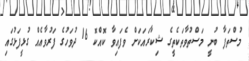
މުސްތަފާ ބުނީ މަސްތުވާތަކެތީގެ ޝިކާރައަކަށް ވެފައިވާ ކޮއްކޮ 16 ދުވަހުގެ ފަރުވާއެއް ގުޅީފަޅުގައި